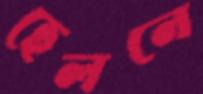
হেলনে